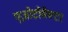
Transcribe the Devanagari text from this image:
एज़ोटोबैक्टर